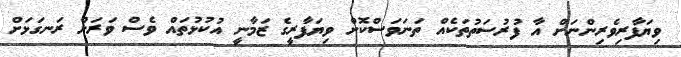
ވިޔަފާރިވެރިންނަށް އާ ފުރުސަތުތަކެއް ތަނަވަސްކޮށް ވިޔަފާރީގެ ޒަމާނީ އުކުޅުތައް ވެސް ވަރަށް ރަނގަޅަށް